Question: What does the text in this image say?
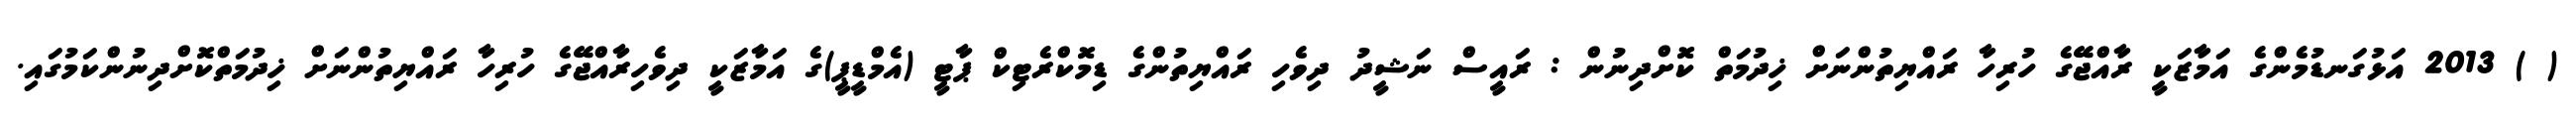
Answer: ( ) 2013 އަޅުގަނޑުމެންގެ އަމާޒަކީ ރާއްޖޭގެ ހުރިހާ ރައްޔިތުންނަށް ޚިދުމަތް ކޮށްދިނުން : ރައީސް ނަޝީދު ދިވެހި ރައްޔިތުންގެ ޑިމޮކްރެޓިކް ޕާޓީ (އެމްޑީޕީ)ގެ އަމާޒަކީ ދިވެހިރާއްޖޭގެ ހުރިހާ ރައްޔިތުންނަށް ޚިދުމަތްކޮށްދިނުންކަމުގައި.